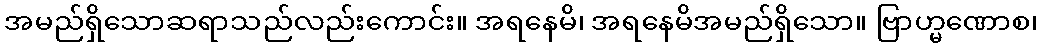
အမည်ရှိသောဆရာသည်လည်းကောင်း။ အရနေမိ၊ အရနေမိအမည်ရှိသော။ ဗြာဟ္မဏောစ၊